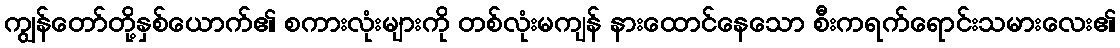
ကျွန်တော်တို့နှစ်ယောက်၏ စကားလုံးများကို တစ်လုံးမကျန် နားထောင်နေသော စီးကရက်ရောင်းသမားလေး၏